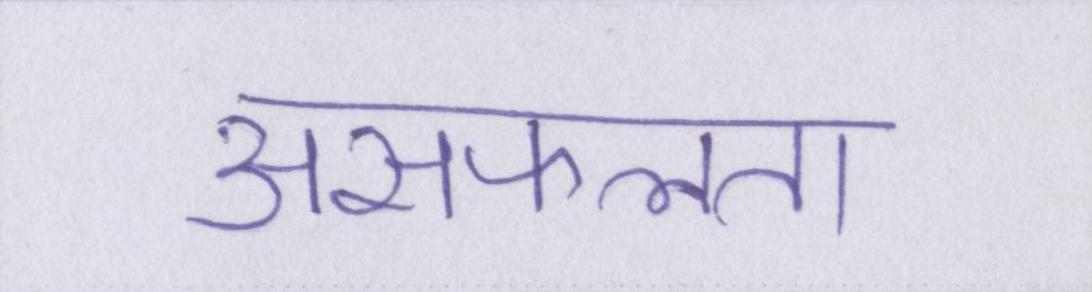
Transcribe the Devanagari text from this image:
असफलता